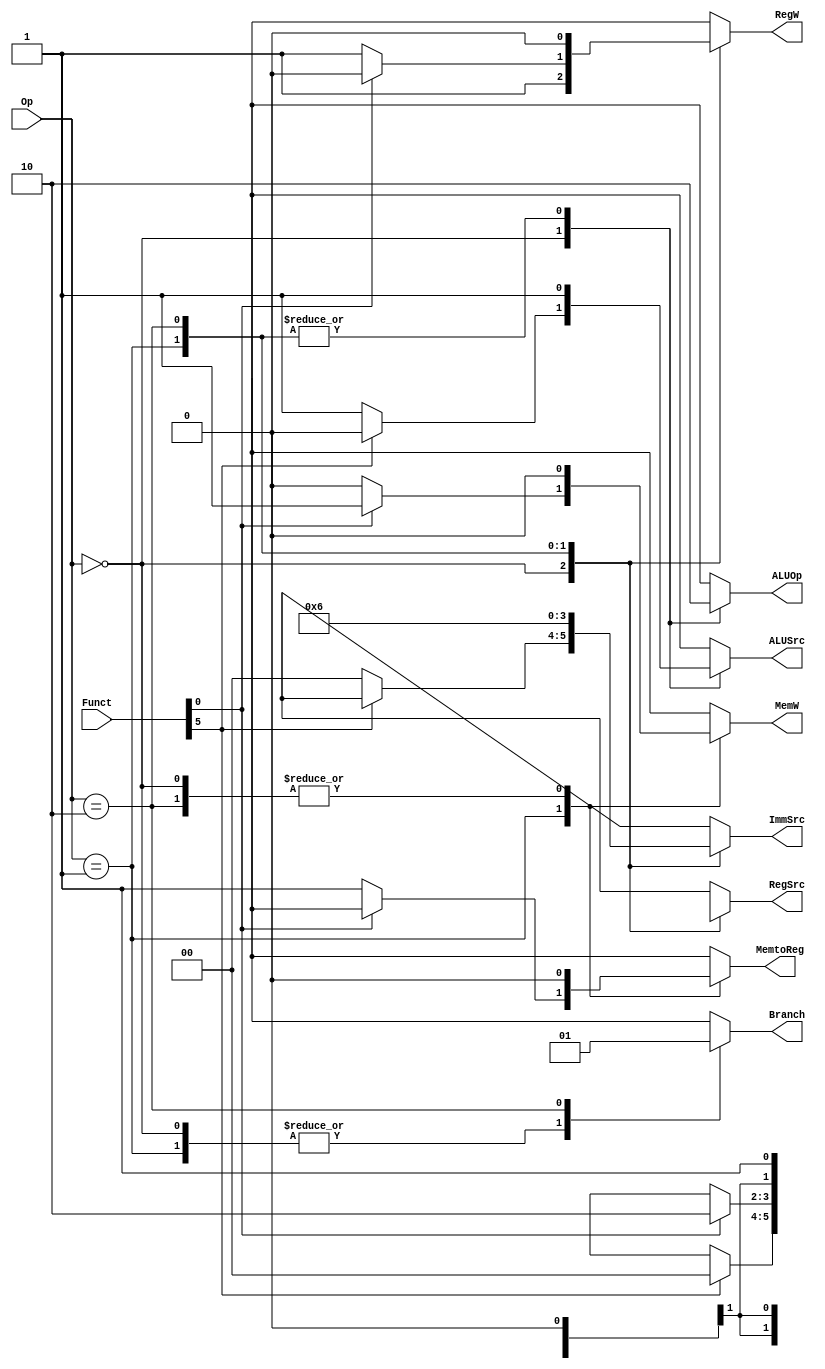
`timescale 1ns / 1ps
//////////////////////////////////////////////////////////////////////////////////
// Company: 
// Engineer: 
// 
// Design Name: 
// Module Name:    main_decoder 
// Project Name: 	 pipelined processor  
// Revision 0.01 - File Created
// source: Harris page 400
// Additional Comments: 
//
//////////////////////////////////////////////////////////////////////////////////
module main_decoder(
	input wire [1:0] Op,					// operation type //singnal from instraction set
	input wire [5:0] Funct,		// from instraction
   output reg Branch,			// to pc logic block
	output reg MemtoReg,
	output reg MemW,				// to Conditional Logic
	output reg ALUSrc,
	output reg [1:0] ImmSrc,
	output reg RegW,				// to Conditional Logic
	output reg [1:0] RegSrc,
	output reg ALUOp
	 );


// main decoder body 
	always @(*)
		case (Op)
				2'b00	:	// Data Processing
							if ( Funct[5] )	// DP Reg
								begin
									Branch	=	1'b0;
									MemtoReg	=	1'b0;
									MemW		=	1'b0;
									ALUSrc	=	1'b0;
									ImmSrc	=	2'bxx;
									RegW		=	1'b1;
									RegSrc	=	2'b00;
									ALUOp		=	1'b1;
								end
							else					// DP Imm
								begin
									Branch	=	1'b0;
									MemtoReg	=	1'b0;
									MemW		=	1'b0;
									ALUSrc	=	1'b1;
									ImmSrc	=	2'b00;
									RegW		=	1'b1;
									RegSrc	=	2'bx0;
									ALUOp		=	1'b1;
								end
				2'b01	:	// Memory instraction
							if ( Funct[0] )	// STR 
								begin
									Branch	=	1'b0;
									MemtoReg	=	1'bx;
									MemW		=	1'b1;
									ALUSrc	=	1'b1;
									ImmSrc	=	2'b01;
									RegW		=	1'b0;
									RegSrc	=	2'b10;
									ALUOp		=	1'b0;
								end
							else					// LDR
								begin
									Branch	=	1'b0;
									MemtoReg	=	1'b1;
									MemW		=	1'b0;
									ALUSrc	=	1'b1;
									ImmSrc	=	2'b01;
									RegW		=	1'b1;
									RegSrc	=	2'bx0;
									ALUOp		=	1'b0;
								end
				2'b10	:	// Branch instraction
							begin
								Branch	=	1'b1;
								MemtoReg	=	1'b0;
								MemW		=	1'b0;
								ALUSrc	=	1'b1;
								ImmSrc	=	2'b10;
								RegW		=	1'b0;
								RegSrc	=	2'bx1;
								ALUOp		=	1'b0;
							end
				default :	
							begin
								Branch	=	1'bx;
								MemtoReg	=	1'bx;
								MemW		=	1'bx;
								ALUSrc	=	1'bx;
								ImmSrc	=	2'bxx;
								RegW		=	1'bx;
								RegSrc	=	2'bxx;
								ALUOp		=	1'bx;
							end
		
		endcase

endmodule